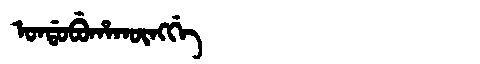
Manchu: ᠣᠨᡩᠣᠪᡠᡥᠠᡴᡡᠩᡤᡝ
Romanization: ONDOBUHAKŪNGGE